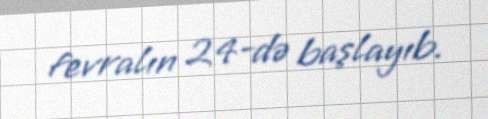
fevralın 24-də başlayıb.